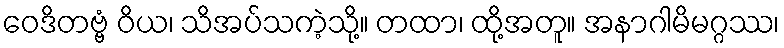
ဝေဒိတဗ္ဗံ ဝိယ၊ သိအပ်သကဲ့သို့။ တထာ၊ ထို့အတူ။ အနာဂါမိမဂ္ဂဿ၊